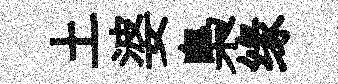
土婆梟缘